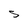
Character: S